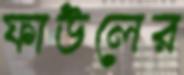
ফাউলের